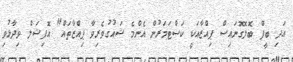
އަދި ބީފް ބޮލޮގޮނައިސް ޕިއްޒާއަކީ ކަސްޓަމަރުން އެންމެ ޝައުގުވެރިވާ ޕިއްޒާތައް" އޮފިޝަލް ވިދާޅުވި